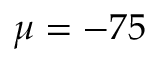
\mu = - 7 5